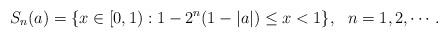
LaTeX: \begin{align*}S_n(a)=\{x\in[0,1): 1-2^n(1-|a|)\leq x<1\}, \ \ n=1, 2, \cdots .\end{align*}